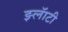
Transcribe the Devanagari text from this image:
झ्लॅाटी